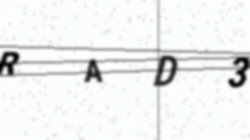
Text: RAD3